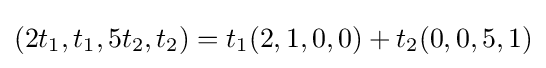
(2t_{1},t_{1},5t_{2},t_{2})=t_{1}(2,1,0,0)+t_{2}(0,0,5,1)